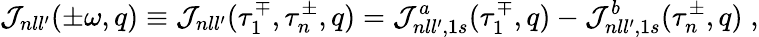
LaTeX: {\cal J}_{nll^{\prime}}({\pm}\omega,q)\equiv{\cal J}_{nll^{\prime}}(\tau_{1}^{\mp},\tau_{n}^{\pm},q)={\cal J}_{nll^{\prime},1s}^{a}(\tau_{1}^{\mp},q)-{\cal J}_{nll^{\prime},1s}^{b}(\tau_{n}^{\pm},q)\; ,